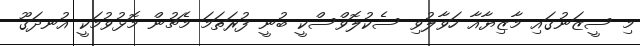
މި ސީޒަނުގައި މާޒިޔާއާ ހަވާލުވި ސެކުލޮވްސްކީ ބުނީ ފުރަތަމަ މެޗުން މޮޅުވުމަކީ އުނދަގޫ